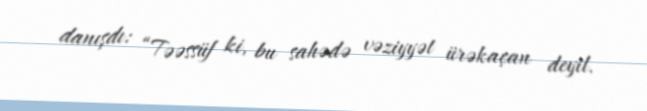
danışdı: “Təəssüf ki, bu sahədə vəziyyət ürəkaçan deyil.